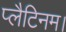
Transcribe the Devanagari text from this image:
प्लैटिनम।